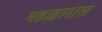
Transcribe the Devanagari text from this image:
महाद्वारास